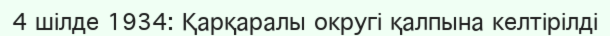
4 шілде 1934: Қарқаралы округі қалпына келтірілді